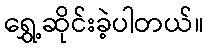
ရွှေ့ဆိုင်းခဲ့ပါတယ်။